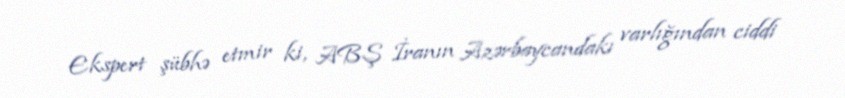
Ekspert şübhə etmir ki, ABŞ İranın Azərbaycandakı varlığından ciddi